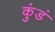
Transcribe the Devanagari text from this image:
कुंडं